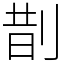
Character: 剒